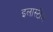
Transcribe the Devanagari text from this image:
इलास्टीज